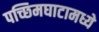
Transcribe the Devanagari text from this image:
पच्छिमघाटामध्ये